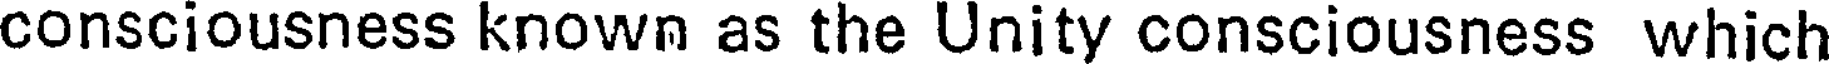
consciousness known as the Unity consciousness which